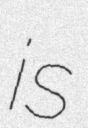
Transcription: is